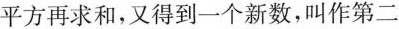
平方再求和，又得到一个新数，叫作第二